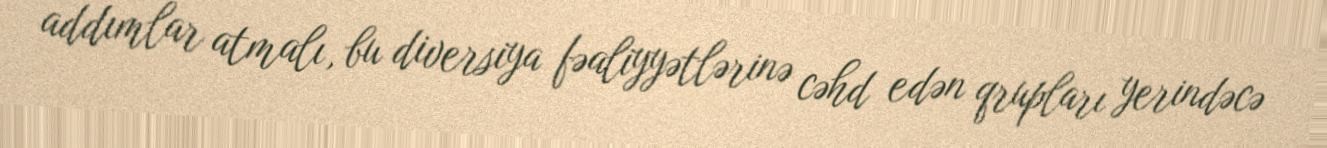
addımlar atmalı, bu diversiya fəaliyyətlərinə cəhd edən qrupları yerindəcə